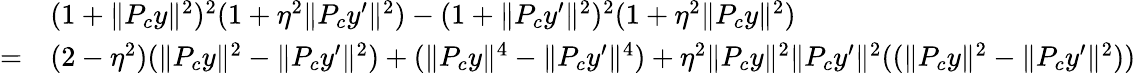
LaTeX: \begin{array}{rl}&{(1+\| P_{c}y\| ^{2})^{2}(1+\eta^{2}\| P_{c}y^{\prime}\| ^{2})-(1+\| P_{c}y^{\prime}\| ^{2})^{2}(1+\eta^{2}\| P_{c}y\| ^{2})}\\ {=}&{(2-\eta^{2})(\| P_{c}y\| ^{2}-\| P_{c}y^{\prime}\| ^{2})+(\| P_{c}y\| ^{4}-\| P_{c}y^{\prime}\| ^{4})+\eta^{2}\| P_{c}y\| ^{2}\| P_{c}y^{\prime}\| ^{2}((\| P_{c}y\| ^{2}-\| P_{c}y^{\prime}\| ^{2}))}\end{array}